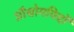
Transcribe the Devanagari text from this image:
प्रौद्योगविदों